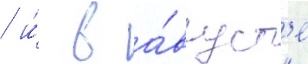
/ и́ в а́вгуст'е